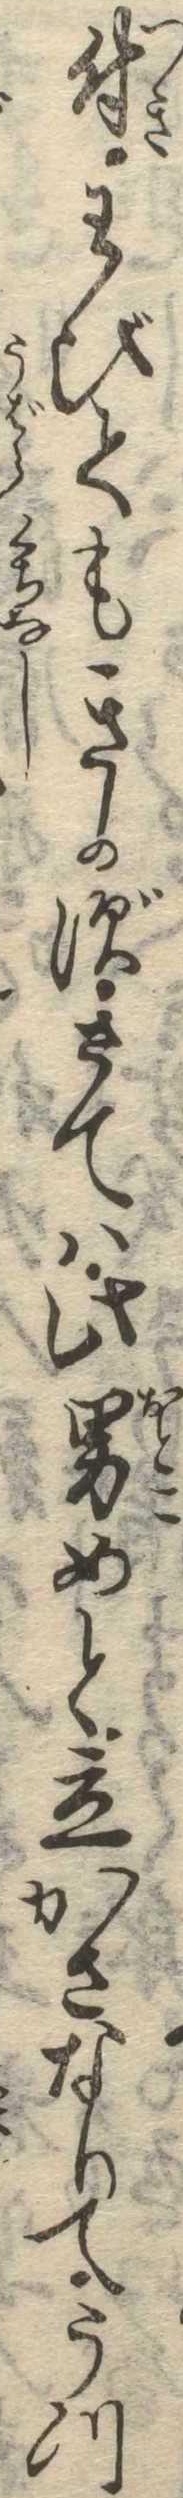
付わびてもきかずさては此男めと立かさなりてうつ